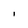
Character: l